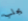
يجلب